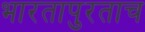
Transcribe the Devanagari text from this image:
भारतापुरताच